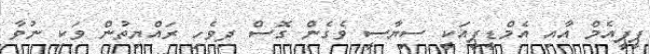
ޕީޕީއެމް އާއި އެމްޑީޕީއަކީ ސިޔާސީ ވެގެން ގޮސް ދިވެހި ރައްޔިތުން ވަކި ނުވާ